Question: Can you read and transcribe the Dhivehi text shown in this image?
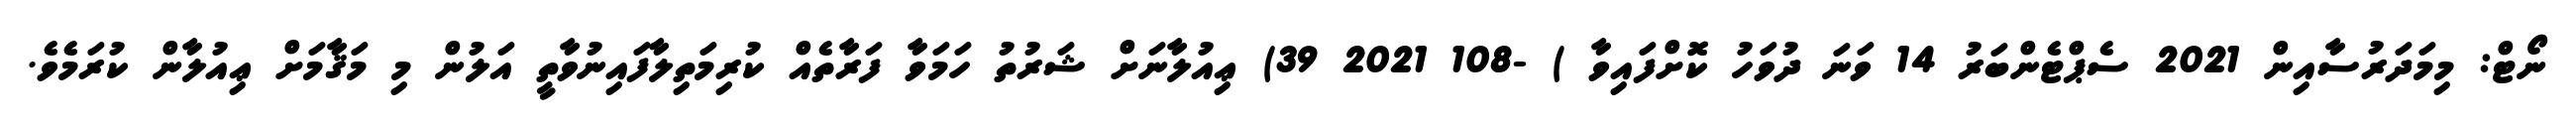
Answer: ނޯޓް: މިމަދަރުސާއިން 2021 ސެޕްޓެންބަރު 14 ވަނަ ދުވަހު ކޮށްފައިވާ ) -108 2021 39) ޢިއުލާނަށް ޝަރުތު ހަމަވާ ފަރާތެއް ކުރިމަތިލާފައިނުވާތީ އަލުން މި މަޤާމަށް ޢިއުލާން ކުރަމެވެ.